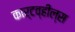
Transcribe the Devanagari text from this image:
कार्टव्हील्स